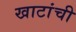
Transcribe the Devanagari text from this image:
खाटांची